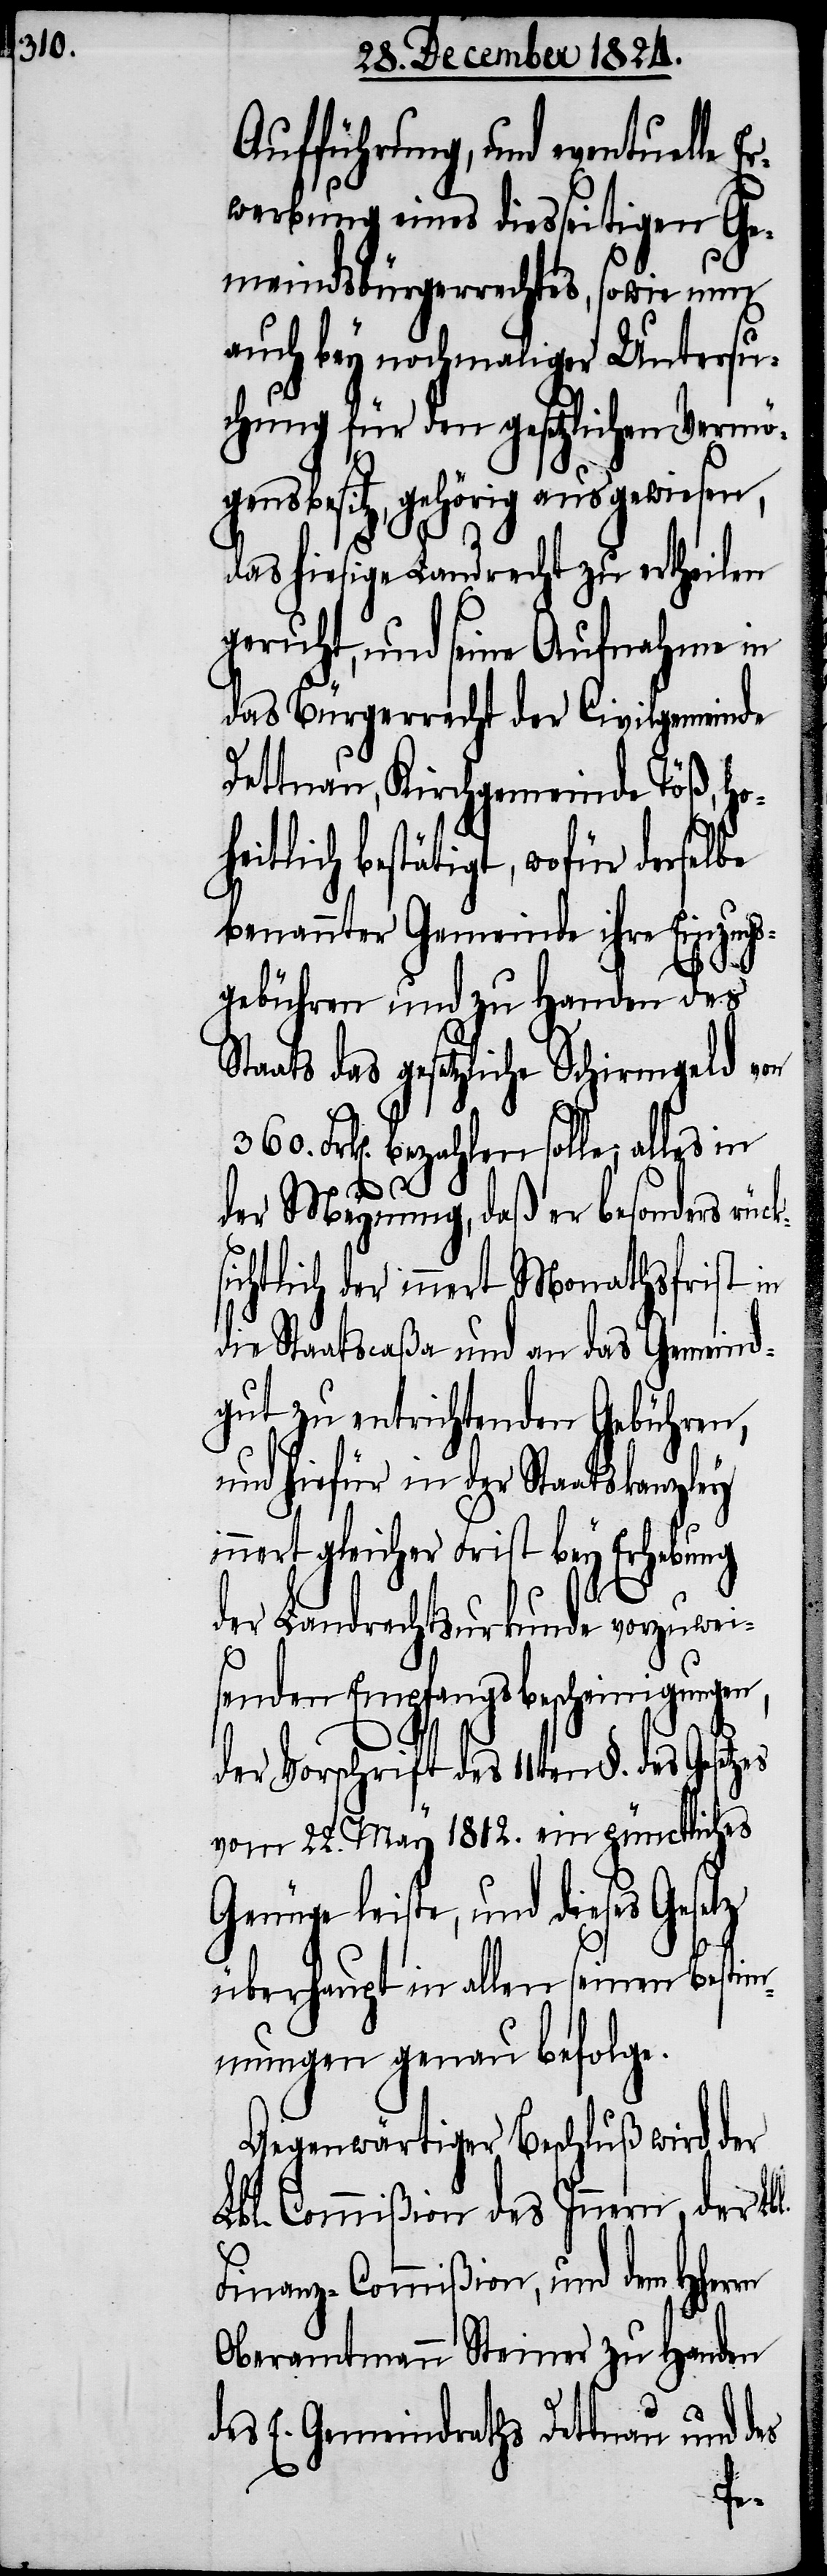
ks¬

Aufführung, und eventuelle
Erwerbung eines diesseitigen Ge¬
meindsbürgerrechtes, sowie nun
auch bey nochmaliger Untersu¬
chung für den gesetzlichen Vermö¬
gensbesitz, gehörig ausgewiesen,
das hiesige Landrecht zu ertheilen
geruht, und seine Aufnahme in
das Bürgerrecht der Civilgemeinde
Dettnau, Kirchgemeinde Töß, Hoh¬
eitlich bestätigt, wofür derselbe
benannter Gemeinde ihre Einzugs¬
gebühren und zu Handen des
Staats das gesetzliche Schirmgeld von
Frk[en]. bezahlen solle, alles in
der Meynung, daß er besonders rüc¬
ichtlich der innert Monathsfrist in
die Staatscaßa und an das Gemeind¬
gut zu entrichtenden Gebühren,
und hiefür in der Staatskanzley
innert gleicher Frist bey Erhebung
der Landrechtsurkunde vorzuwei¬
senden Empfangsbescheinigungen,
der Vorschrift des 11ten §. des Gesetzes
vom 22. May 1812. ein pünctliches
Genüge leiste, und dieses Gesetz
überhaupt in allen seinen Bestim¬
mungen genau befolge.
Gegenwärtiger Beschluß wird der
Lbl. Commißion des Innern, der Lbl.
Finanz-Commißion, und dem
Oberamtmann Steiner zu Handen
des E. Gemeindraths Dettnau und des